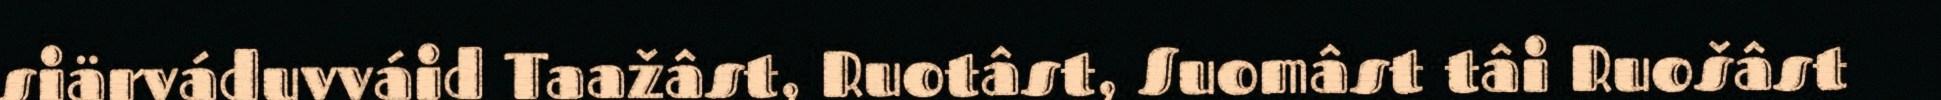
siärváduvváid Taažâst, Ruotâst, Suomâst tâi Ruošâst